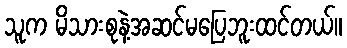
သူက မိသားစုနဲ့အဆင်မပြေဘူးထင်တယ်။